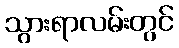
သွားရာလမ်းတွင်